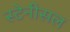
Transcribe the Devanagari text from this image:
स्टेनीसल